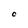
Character: C